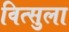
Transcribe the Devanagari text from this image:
वित्सुला